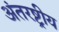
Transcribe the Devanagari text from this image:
अंतरष्ट्रीय